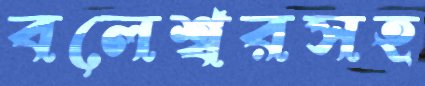
বলেশ্বরসহ